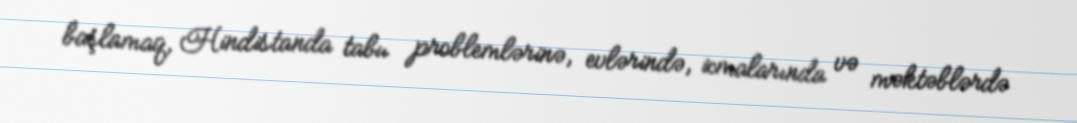
başlamaq, Hindistanda tabu problemlərinə, evlərində, icmalarında və məktəblərdə